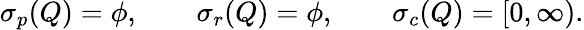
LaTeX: \sigma_{p}(Q)=\phi,\qquad\sigma_{r}(Q)=\phi,\qquad\sigma_{c}(Q)=[0,\infty).